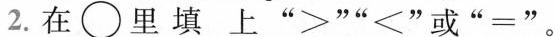
2.在\bigcirc里填上 ”>””<"或”=”。